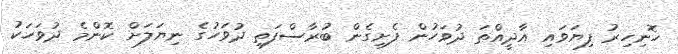
ހޮނިހިރު ފިޔަވައި އާދީއްތަ ދުވަހުން ފެށިގެން ބުރާސްފަތި ދުވަހުގެ ނިޔަލަށް ކޮންމެ ދުވަހަކު